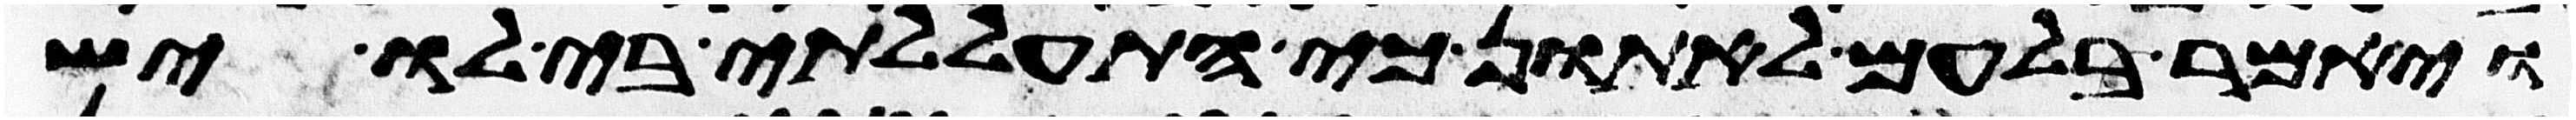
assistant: ויאמר בלעם לאתון כי התעללתי בי לו יש